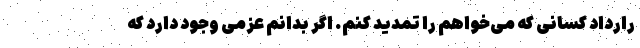
رارداد کسانی که می‌خواهم را تمدید کنم. اگر بدانم عزمی وجود دارد که